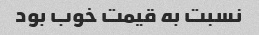
نسبت به قیمت خوب بود